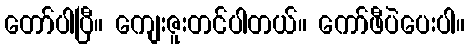
တော်ပါပြီ။ ကျေးဇူးတင်ပါတယ်။ ကော်ဖီပဲပေးပါ။